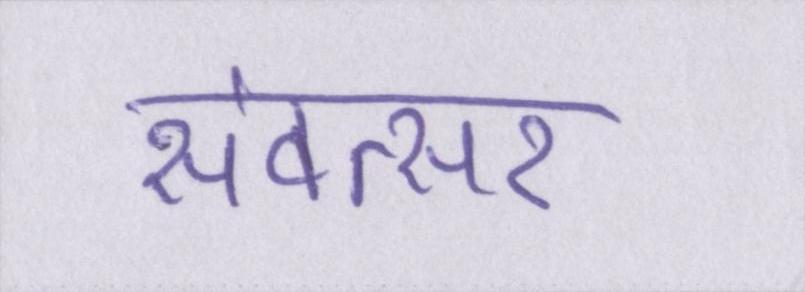
संवत्सर